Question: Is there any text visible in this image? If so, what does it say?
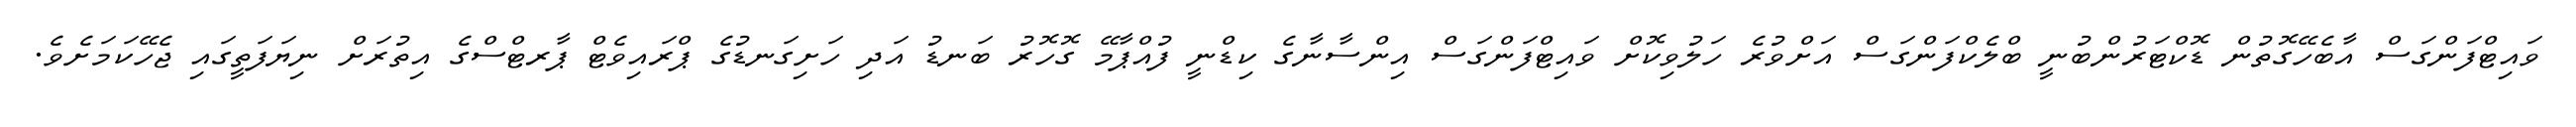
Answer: ވައިޓްފަންގަސް އާބެހޭގޮތުން ޑޮކްޓަރުންބުނީ ބްލެކްފަންގަސް އަށްވުރެ ހަލުވިކޮށް ވައިޓްފަންގަސް އިންސާނާގެ ކިޑްނީ ފުއްޕާމޭ ގޮހޮރު ބަނޑު އަދި ހަށިގަނޑުގެ ޕްރައިވެޓް ޕާރޓްސްގެ އިތުރަށް ނިޔަފަތީގައި ޖެހޭކަމަށެވެ.